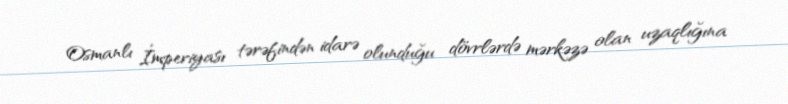
Osmanlı İmperiyası tərəfindən idarə olunduğu dövrlərdə mərkəzə olan uzaqlığına